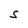
Character: S